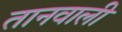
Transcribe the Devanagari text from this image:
तानवाली